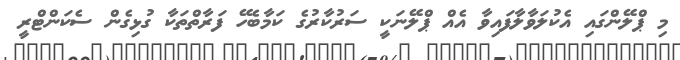
މި ޕްލޭންގައި އެކުލަވާލާފައިވާ އެއް ޕްލޭނަކީ ސަރުކާރުގެ ކަމާބެހޭ ފަރާތްތަކާ ގުޅިގެން ސެކަންޓްރީ